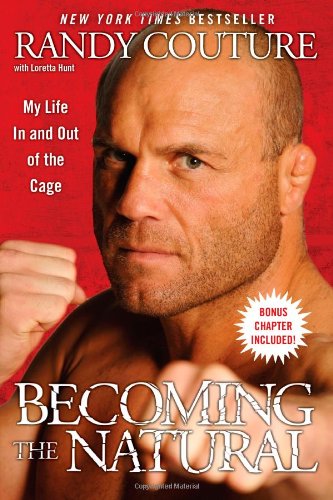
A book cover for Becoming the Natural: My Life In and Out of the Cage; Randy Couture; Sports & Outdoors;